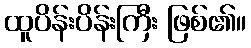
ထူပိန်းပိန်းကြီး ဖြစ်၏။